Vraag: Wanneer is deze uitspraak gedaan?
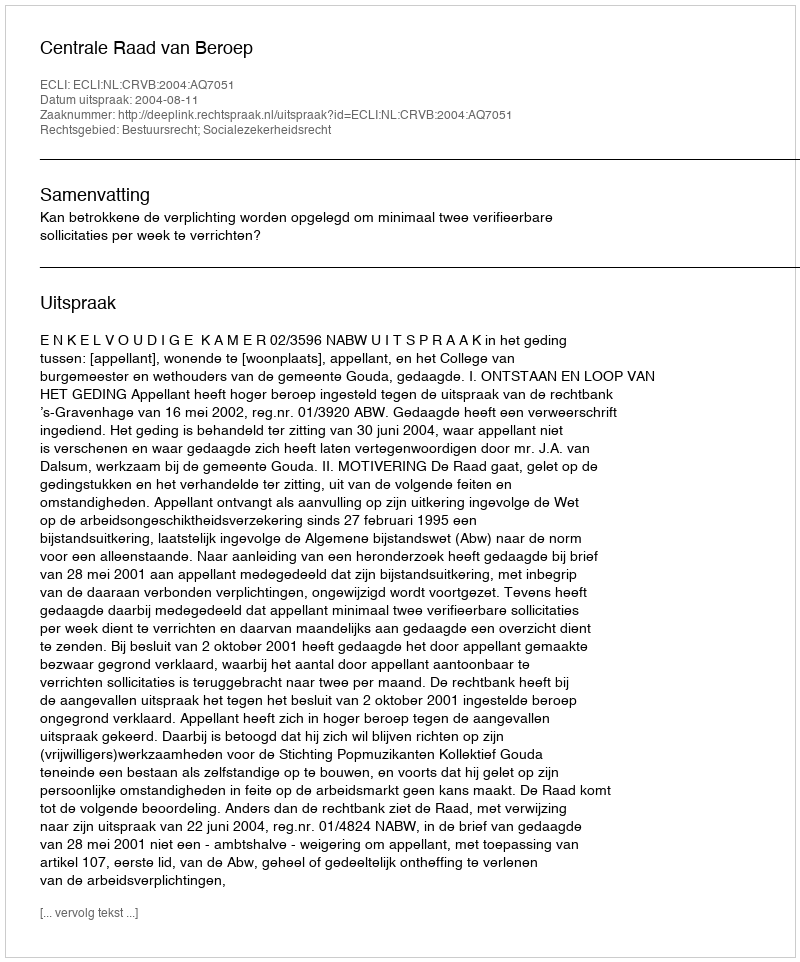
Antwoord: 2004-08-11